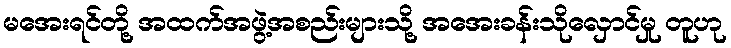
မအေးရင်တို့ အထက်အဖွဲ့အစည်းများသို့ အအေးခန်းသိုလှောင်မှု တူဟု